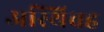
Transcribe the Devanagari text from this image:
अस्थिवह